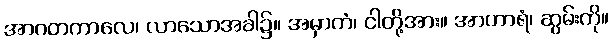
အာဂတကာလေ၊ လာသောအခါ၌။ အမှာကံ၊ ငါတို့အား။ အာဟာရံ၊ ဆွမ်းကို။